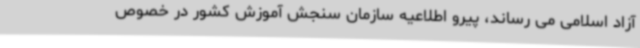
آزاد اسلامی می رساند، پیرو اطلاعیه سازمان سنجش آموزش کشور در خصوص